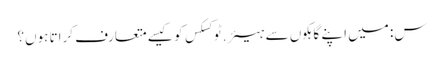
س: میں اپنے گاہکوں سے ہیئر.ٹوکسکس کو کیسے متعارف کراتا ہوں؟